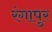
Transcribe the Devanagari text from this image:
रंगापुर